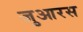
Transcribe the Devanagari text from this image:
जुआरस